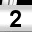
Digit: 2